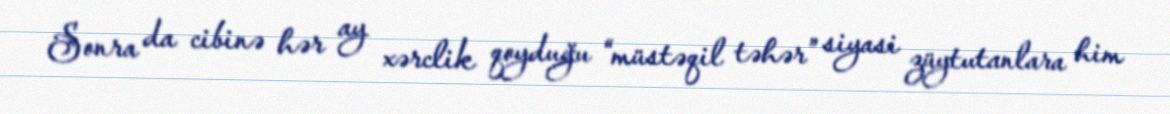
Sonra da cibinə hər ay xərclik qoyduğu “müstəqil təhər” siyasi züytutanlara him